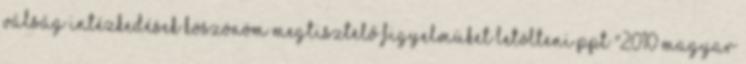
válság intézkedések KÖSZÖNÖM MEGTISZTELŐ FIGYELMÜKET Letölteni ppt "2010 Magyar